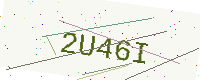
Text: 2U46I